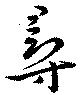
尋